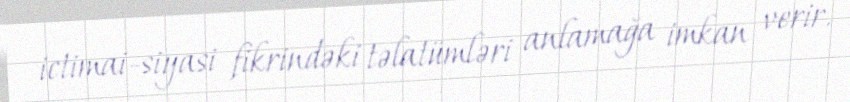
ictimai-siyasi fikrindəki təlatümləri anlamağa imkan verir.